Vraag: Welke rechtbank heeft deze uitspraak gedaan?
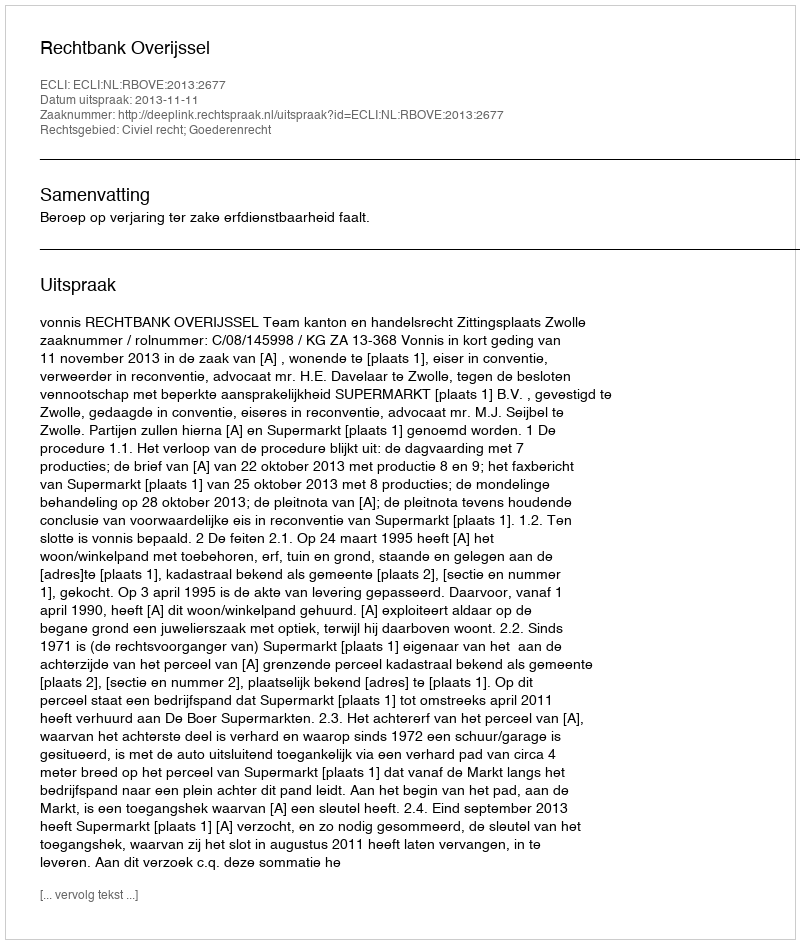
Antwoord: Rechtbank Overijssel